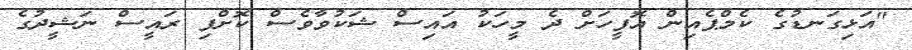
"އަޅިގަނޑުގެ ކެމްޕެއިން އޮފީހަށް ދެ މީހަކު އައިސް ޝަކުވާވެސް ކޮށްފި ރައީސް ނަޝީދުގެ